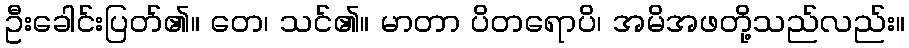
ဦးခေါင်းပြတ်၏။ တေ၊ သင်၏။ မာတာ ပိတရောပိ၊ အမိအဖတို့သည်လည်း။